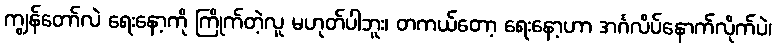
ကျွန်တော်လဲ ရေးနော့ကို ကြိုက်တဲ့လူ မဟုတ်ပါဘူး၊ တကယ်တော့ ရေးနော့ဟာ အင်္ဂလိပ်နောက်လိုက်ပဲ၊